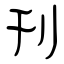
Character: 刊